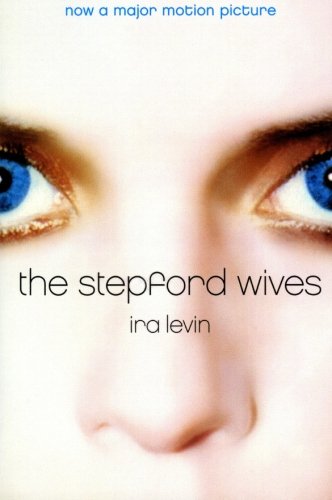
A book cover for The Stepford Wives; Ira Levin; Literature & Fiction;